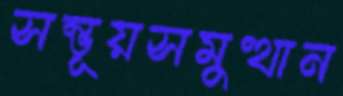
সম্ভূয়সমুত্থান